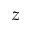
z